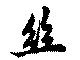
絲